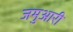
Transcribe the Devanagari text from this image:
जमुआरी